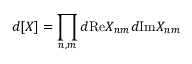
d [ X ] = \prod _ { n , m } d \mathrm { R e } X _ { n m } d \mathrm { I m } X _ { n m }